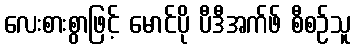
လေးစားစွာဖြင့် မောင်ပို ပီဒီအက်ဖ် စီစဉ်သူ